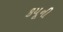
કયૂની